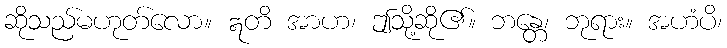
ဆိုသည်မဟုတ်လော။ ဣတိ အာဟ၊ ဤသို့ဆို၏။ ဘန္တေ၊ ဘုရား။ အဟံပိ၊